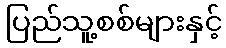
ပြည်သူ့စစ်များနှင့်